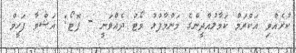
ކުރެއްވި އަކްރަމް ކަމާލުއްދީންގެ މަންމާފުޅު ވޯޓު ދެއްވަނީ - ފޮޓޯ: އަޝްވާ ފަހީމް